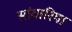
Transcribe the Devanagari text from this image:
सांवारिया